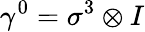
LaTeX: \gamma^{0}=\sigma^{3}\otimes I